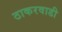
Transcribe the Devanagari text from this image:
ठाकरवाडी